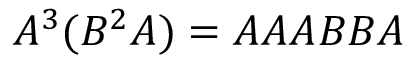
A ^ { 3 } ( B ^ { 2 } A ) = A A A B B A